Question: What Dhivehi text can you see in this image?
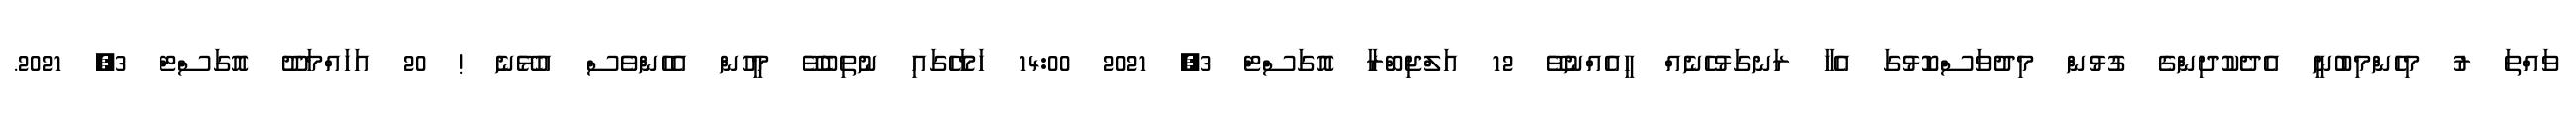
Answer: ވައްތަ ރު މިހެންމިބުނީ އެދެކުދިންގެ ގުޅުން މިދުވަސްކޮޅުގަ އެހާ ރަނގަޅުހެނެއް ހީއެއްނުވޭ 12 އަލްޖިބްރާ އޮގަސްޓް 3, 2021 14:00 ހަމަހޭގައި ނުތިބެވޭ މީހުން އެހެންވެސް އުޅޭނެ ! 20 އަހައްމަދޫ އޮގަސްޓް 3, 2021.